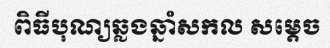
ពិធីបុណ្យឆ្លងឆ្នាំសកល សម្តេច